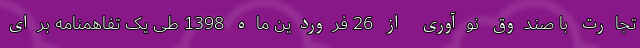
تجارت با صندوق نوآوری از 26 فروردین ماه 1398 طی یک تفاهمنامه برای